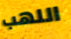
اللهب